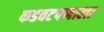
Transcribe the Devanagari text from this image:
कडवटपणाला